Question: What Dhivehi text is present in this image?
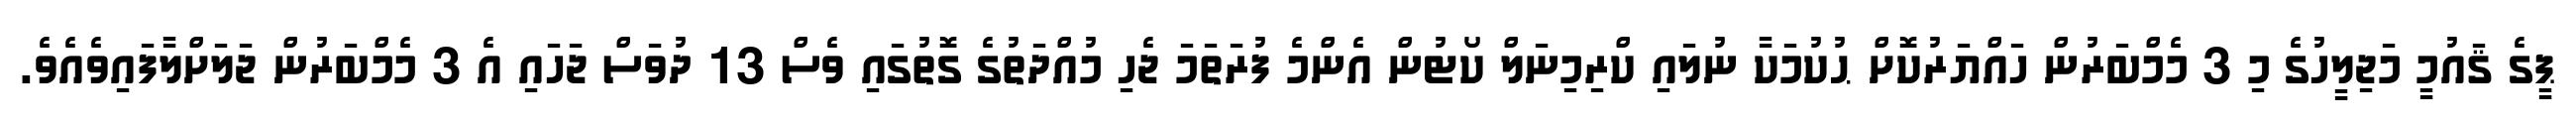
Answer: ޕީގެ ޤައުމީ މަޖިލީހުގެ މި 3 މެމްބަރުން ހައްޔަރުކޮށް ޙުކުމަކާ ނުލައި ކްރިމިނަލް ކޯޓުން އެންމެ ފުރަތަމަ ޖެހި މުއްދަތުގެ ގޮތުގައި ވެސް 13 ދުވަސް ޖަހައި އެ 3 މެމްބަރުން ޖަލަށްލާފައިވެއެވެ.